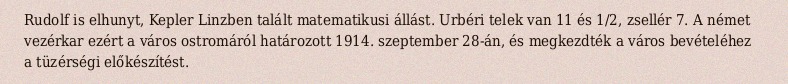
Rudolf is elhunyt, Kepler Linzben talált matematikusi állást. Urbéri telek van 11 és 1/2, zsellér 7. A német vezérkar ezért a város ostromáról határozott 1914. szeptember 28-án, és megkezdték a város bevételéhez a tüzérségi előkészítést.